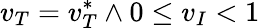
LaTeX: v_{T}=v_{T}^{*}\land 0\le v_{I}<1